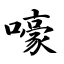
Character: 嚎